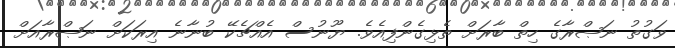
ވަގުތު ނަޞްރާގެ ހިތް ބާރަށް ތެޅިގެންފިއެވެ. ޔޫނުސް އެއްޗެކޭ ބުނާނެ އިރަކަށް ނަޞްރާއަށް